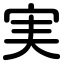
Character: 実